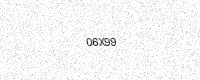
Text: 06X99